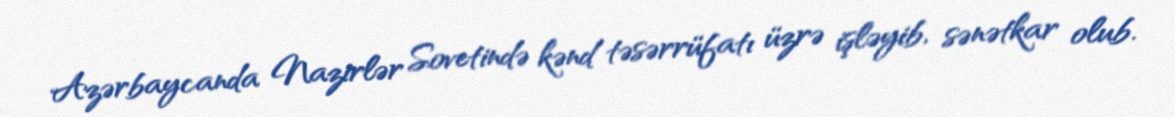
Azərbaycanda Nazirlər Sovetində kənd təsərrüfatı üzrə işləyib, sənətkar olub.